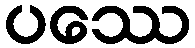
ပဿေ